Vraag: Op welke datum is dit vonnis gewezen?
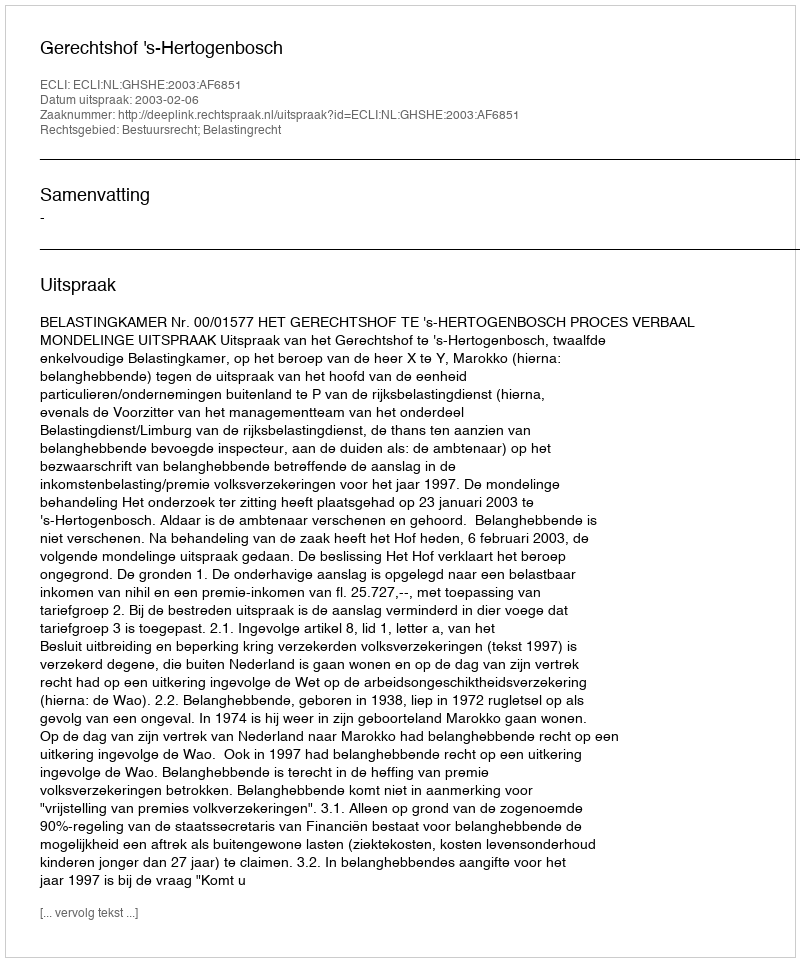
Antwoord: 2003-02-06